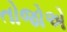
તોજોએ